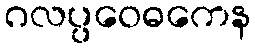
ဂလပ္ပဝေဓကေန